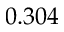
0 . 3 0 4